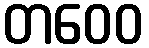
တဝေဝ